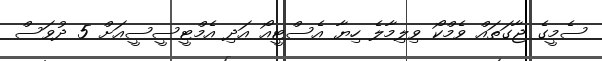
ސެމީގެ ޖާގަތައް ވެމްކޯ ވިލިމާލެ ހިޔާ އެސްޓީއޯ އަދި އެމްޓީސީސީއަށް 5 ދުވަސް